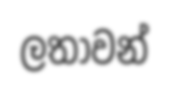
ලතාවන්